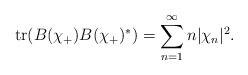
LaTeX: \begin{gather*}\operatorname{tr}(B(\chi_+)B(\chi_+)^*)=\sum_{n=1}^{\infty}n\vert \chi_n\vert^2.\end{gather*}